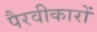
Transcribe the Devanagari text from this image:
पैरवीकारों